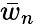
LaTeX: \bar{w}_{n}